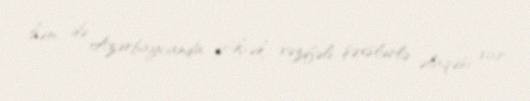
həm də Azərbaycanda yüksək vəzifəli şəxslərlə əlaqəsi var.